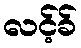
လင့်ခ်